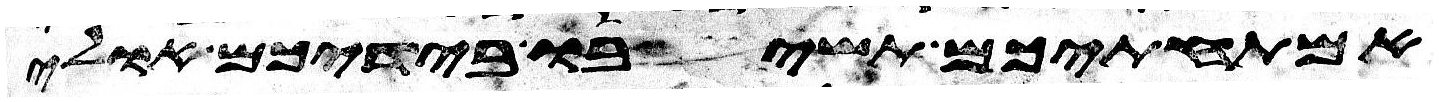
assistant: אמתחתיכם תשיבו בידיכם אולי